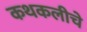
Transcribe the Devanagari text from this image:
कथकलीचे